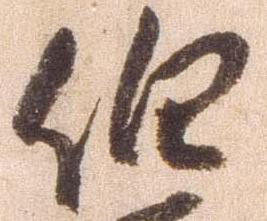
伯